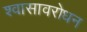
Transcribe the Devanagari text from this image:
श्वासावरोधन